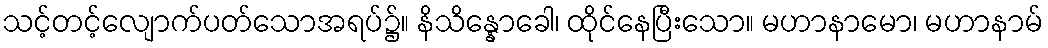
သင့်တင့်လျောက်ပတ်သောအရပ်၌။ နိသိန္နောခေါ၊ ထိုင်နေပြီးသော။ မဟာနာမော၊ မဟာနာမ်